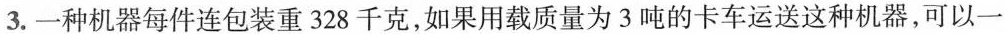
3.一种机器每件连包装重328千克，如果用载质量为3吨的卡车运送这种机器，可以一